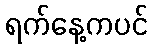
ရက်နေ့ကပင်